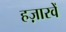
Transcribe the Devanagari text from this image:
हज़ारवें